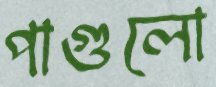
পাগুলো